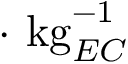
\cdot \ { \mathrm { k g } _ { E C } ^ { - 1 } }